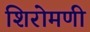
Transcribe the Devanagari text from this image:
शिरोमणी